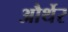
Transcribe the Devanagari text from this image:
और्थेर